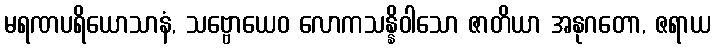
မရဏပရိယောသာနံ, သဗ္ဗောယေဝ လောကသန္နိဝါသော ဇာတိယာ အနုဂတော, ဇရာယ